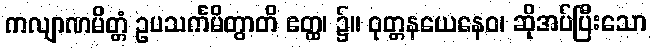
ကလျာဏမိတ္တံ ဥပသင်္ကမိတွာတိ ဧတ္ထ၊ ၌။ ဝုတ္တနယေနေဝ၊ ဆိုအပ်ပြီးသော